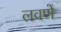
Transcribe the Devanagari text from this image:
लवणें